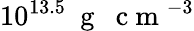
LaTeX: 10^{13.5}~\mathrm{~g~~~c~m~}^{-3}